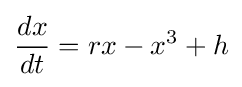
{dx \over dt}=rx-x^{3}+h